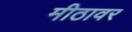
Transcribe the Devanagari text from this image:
मीठावर